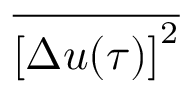
\overline { { { [ \Delta u ( \tau ) ] } ^ { 2 } } }